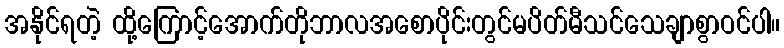
အနိုင်ရတဲ့ ထို့ကြောင့်အောက်တိုဘာလအစောပိုင်းတွင်မပိတ်မီသင်သေချာစွာဝင်ပါ။